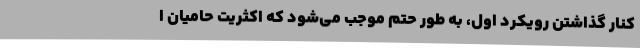
کنار گذاشتن رویکرد اول، به طور حتم موجب می‌شود که اکثریت حامیان ا